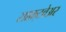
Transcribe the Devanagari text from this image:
साफ़्टवेअर